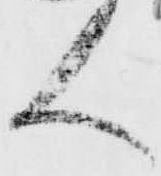
人